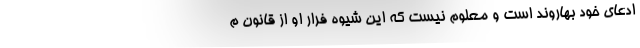
ادعای خود بهاروند است و معلوم نیست که این شیوه فرار او از قانون م